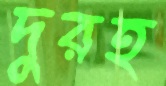
দুরহ